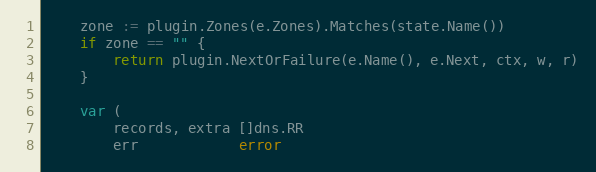
Language: Go
	zone := plugin.Zones(e.Zones).Matches(state.Name())
	if zone == "" {
		return plugin.NextOrFailure(e.Name(), e.Next, ctx, w, r)
	}

	var (
		records, extra []dns.RR
		err            error